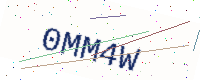
Text: 0MM4W